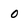
Character: 0